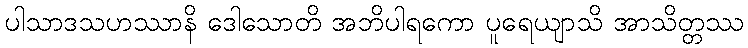
ပါသာဒသဟဿာနိ ဒေါသောတိ အဘိပါရကော ပူရေယျာသိ အာသိတ္တဿ